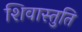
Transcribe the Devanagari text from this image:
शिवास्तुति